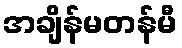
အချိန်မတန်မီ